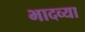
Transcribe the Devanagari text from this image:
भादव्या